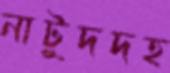
নাটুদদহ